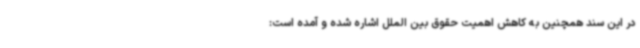
در این سند همچنین به کاهش اهمیت حقوق بین الملل اشاره شده و آمده است: